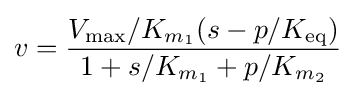
v={\frac {V_{\max }/K_{m_{1}}(s-p/K_{\text{eq}})}{1+s/K_{m_{1}}+p/K_{m_{2}}}}